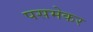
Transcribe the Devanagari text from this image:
पसमेकर